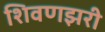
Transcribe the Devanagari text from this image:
शिवणझरी